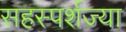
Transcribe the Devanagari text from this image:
सहस्पर्शज्या